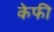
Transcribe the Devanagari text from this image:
केफी